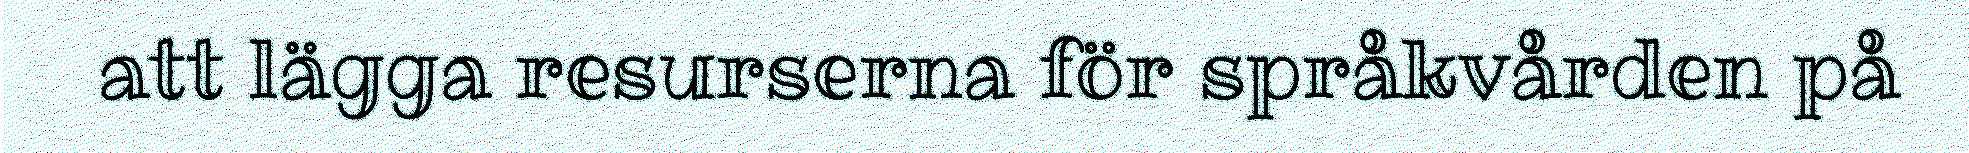
att lägga resurserna för språkvården på